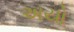
અયો